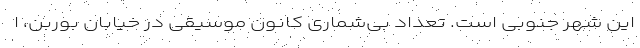
این شهر جنوبی است. تعداد بی‌شماری کانون موسیقی در خیابان بوربن، ا